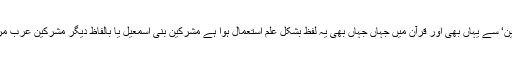
’مشرکین‘ سے یہاں بھی اور قرآن میں جہاں جہاں بھی یہ لفظ بشکل علم استعمال ہوا ہے مشرکین بنی اسمٰعیل یا بالفاظ دیگر مشرکین عرب مراد ہیں۔